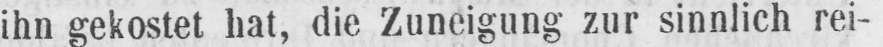
ihn gekostet hat, die Zuneigung zur sinnlich rei-